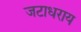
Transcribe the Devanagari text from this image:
जटाधराय